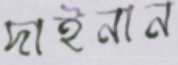
দাইনান